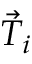
\vec { T } _ { i }